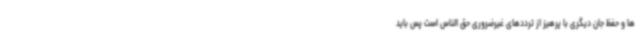
ها و حفظ جان دیگری با پرهیز از ترددهای غیرضروری حق الناس است پس باید